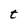
Character: t